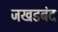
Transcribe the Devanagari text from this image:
जखडबंद